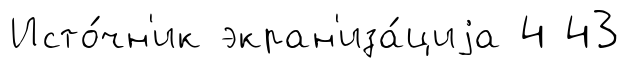
Исто́чн'ик экран'иза́циjа 4 43